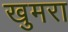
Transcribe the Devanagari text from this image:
खुमरा